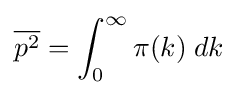
{\overline {p^{2}}}=\int _{0}^{\infty }\pi (k)\;dk